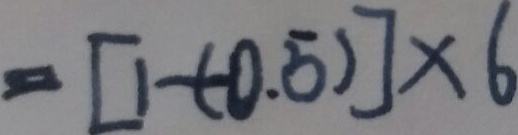
= [ 1 - ( - 0 . 5 ) ] \times 6